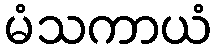
မံသကာယံ